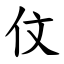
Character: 伩